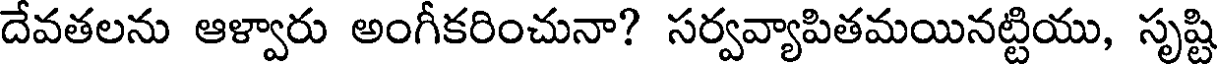
దేవతలను ఆళ్వారు అంగీకరించునా? సర్వవ్యాపితమయినట్టియు, సృష్టి